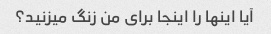
آیا اینها را اینجا برای من زنگ میزنید؟